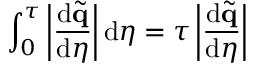
\int _ { 0 } ^ { \tau } \left| \frac { \mathrm { d } \tilde { \mathbf { q } } } { \mathrm { d } \eta } \right| \mathrm { d } \eta = \tau \left| \frac { \mathrm { d } \tilde { \mathbf { q } } } { \mathrm { d } \eta } \right|